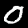
Label: 0